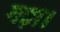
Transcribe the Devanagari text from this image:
गढ़ा।